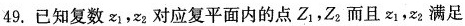
49. 已知复数z_{1},z_{2}对应复平面内的点Z_{1}，Z_{2}而且x_{1}，z_{2}满足